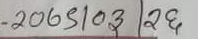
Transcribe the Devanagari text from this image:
-2065103|२६